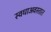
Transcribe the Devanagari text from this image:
स्वधाअवस्तात